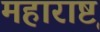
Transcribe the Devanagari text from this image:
महाराष्टृ